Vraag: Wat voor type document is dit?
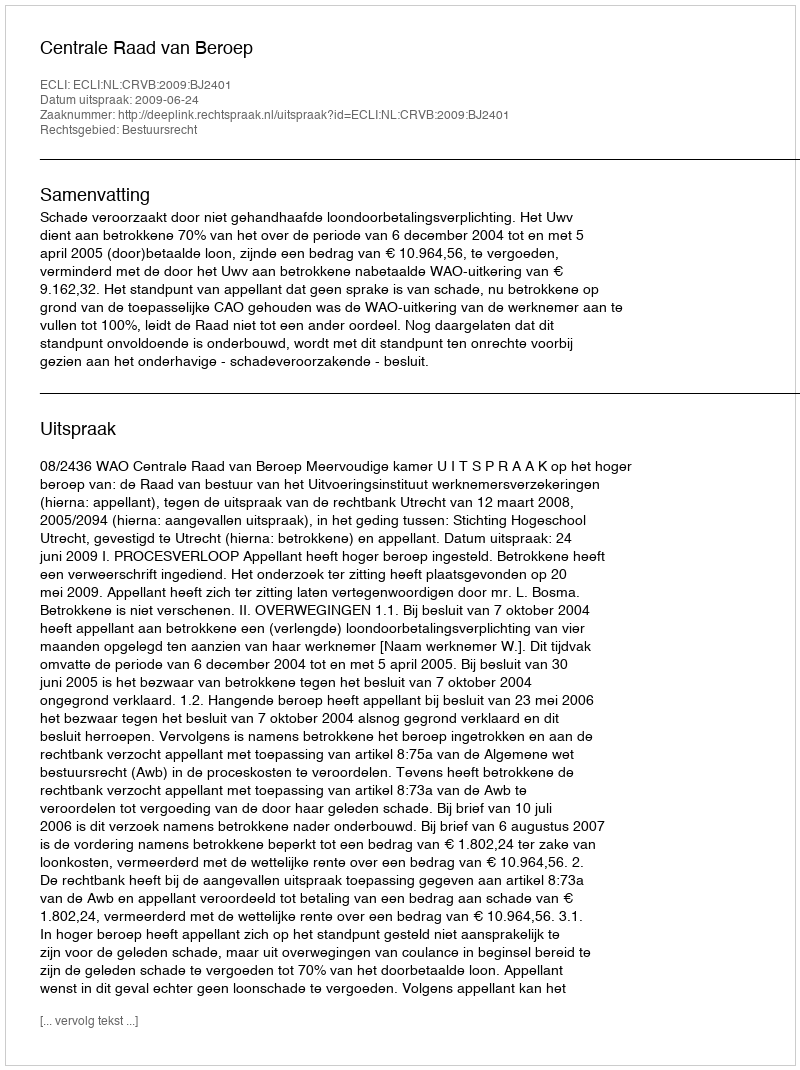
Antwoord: Uitspraak